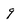
Character: 9